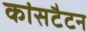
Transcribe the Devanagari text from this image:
कांसटैटन